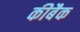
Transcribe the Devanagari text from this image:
कीबैक